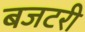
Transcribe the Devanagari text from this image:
बजटरी